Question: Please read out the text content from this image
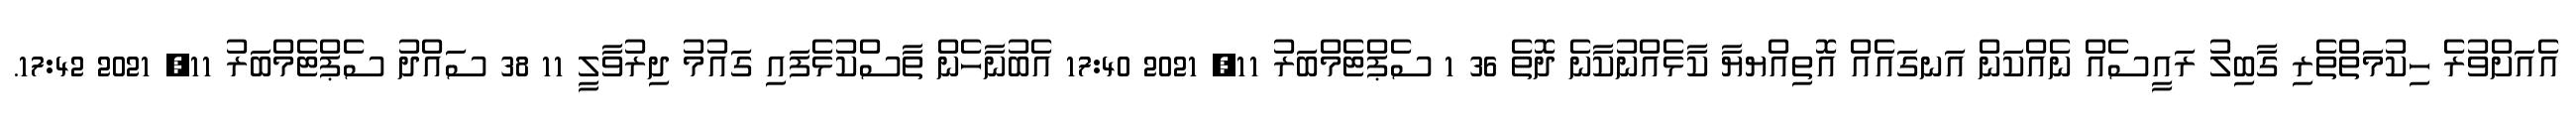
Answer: އެއަށްވުރެ ހިކުމަތްތެރި ގާބިލު ރައީސެއް ނެއްކަން އަނގައެއް އޮތިއްޔޔާ ކާޅެއްނުކާނެ ދޮތެ 36 1 ސެޕްޓެމްބަރު 11, 2021 17:40 އެބުނާހެން ތާސްކުޅެފައި ގައުމު ދިރުވާލީ 11 38 ސައްދު ސެޕްޓެމްބަރު 11, 2021 17:42.